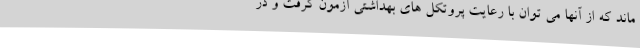
ماند که از آنها می توان با رعایت پروتکل های بهداشتی آزمون گرفت و در